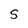
Character: S